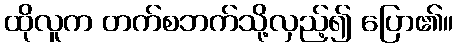
ထိုလူက တက်စဘက်သို့လှည့်၍ ပြော၏။